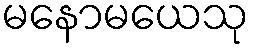
မနောမယေသု